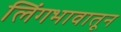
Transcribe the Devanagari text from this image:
लिंगभावातून